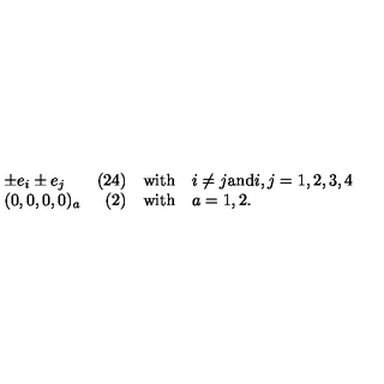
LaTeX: \begin{array} { l r c l } { \pm e _ { i } \pm e _ { j } } & { ( 2 4 ) } & { \mathrm { w i t h } } & { i \neq j \mathrm { a n d } i , j = 1 , 2 , 3 , 4 } \\ { ( 0 , 0 , 0 , 0 ) _ { a } } & { ( 2 ) } & { \mathrm { w i t h } } & { a = 1 , 2 . } \\ \end{array}